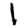
Digit: 1